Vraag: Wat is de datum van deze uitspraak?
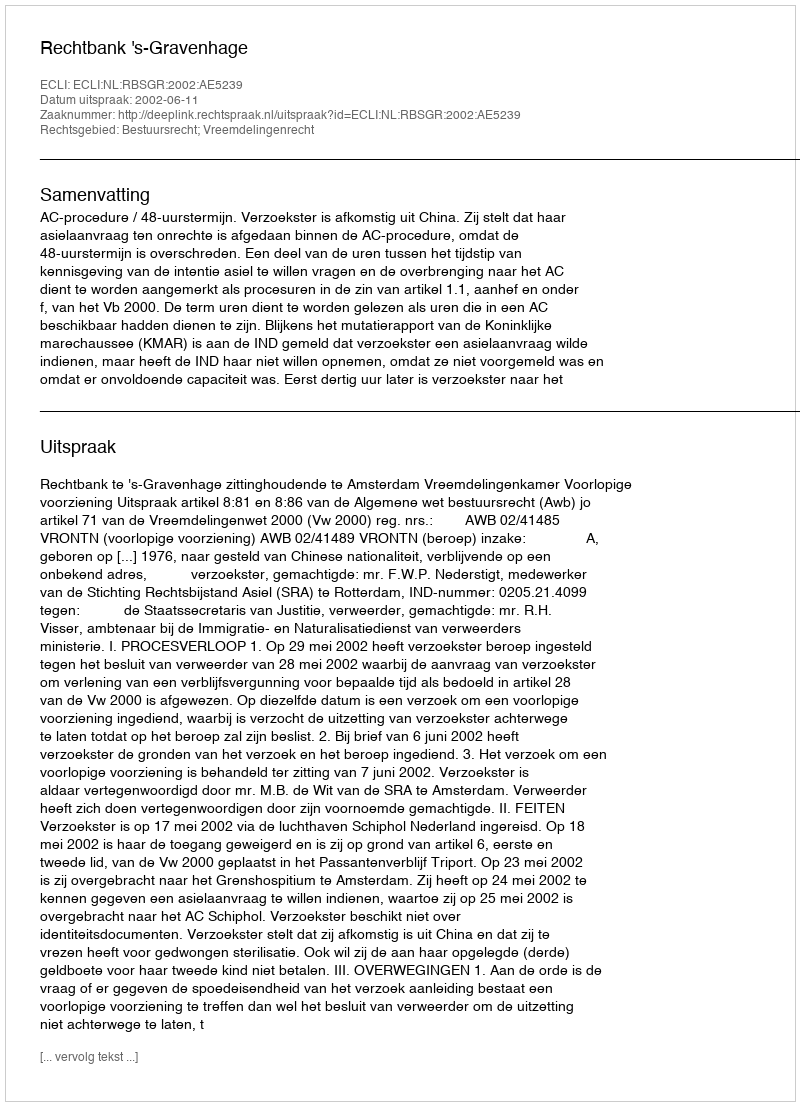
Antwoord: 2002-06-11